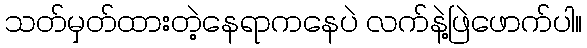
သတ်မှတ်ထားတဲ့နေရာကနေပဲ လက်နဲ့ဖြဲဖောက်ပါ။